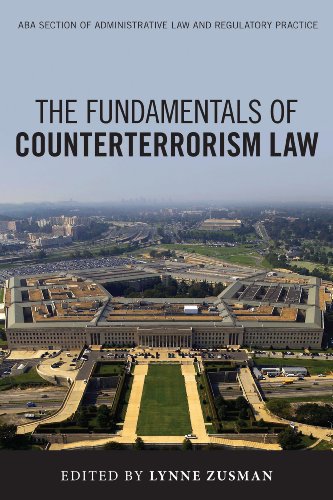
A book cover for The Fundamentals of Counterterrorism Law (Aba Section of Administrative Law and Regulatory Practice); Law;